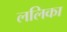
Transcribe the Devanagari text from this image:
ललिका